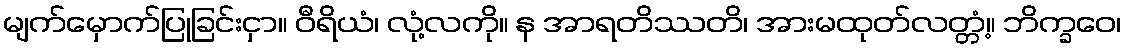
မျက်မှောက်ပြုခြင်းငှာ။ ဝီရိယံ၊ လုံ့လကို။ န အာရတိဿတိ၊ အားမထုတ်လတ္တံ့။ ဘိက္ခဝေ၊